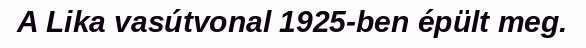
A Lika vasútvonal 1925-ben épült meg.